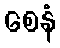
စေနံ